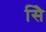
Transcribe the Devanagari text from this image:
सिे